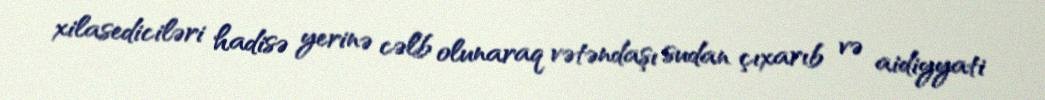
xilasediciləri hadisə yerinə cəlb olunaraq vətəndaşı sudan çıxarıb və aidiyyati